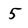
Character: 5